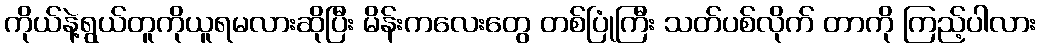
ကိုယ်နဲ့ရွယ်တူကိုယူရမလားဆိုပြီး မိန်းကလေးတွေ တစ်ပြုံကြီး သတ်ပစ်လိုက် တာကို ကြည့်ပါလား